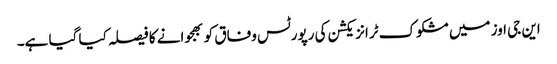
این جی اوز میں مشکوک ٹرانزیکشن کی رپورٹس وفاق کو بھجوانے کا فیصلہ کیا گیا ہے۔